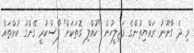
މި ދެ ގާނޫނު ރައްޔިތުންގެ މަޖިލީހުން "ކުއްލި ގޮތަކަށް" ފާސްކުރީ ގޭންގު ކުށްތައް